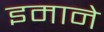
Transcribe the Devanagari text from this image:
इमाने